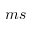
m s